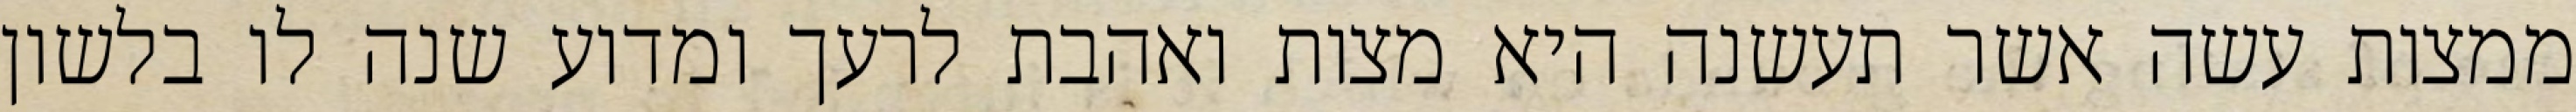
ממצות עשה אשר תעשנה היא מצות ואהבת לרעך ומדוע שנה לו בלשון